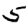
Digit: 5